Report on horse surra - Volume II, Part II
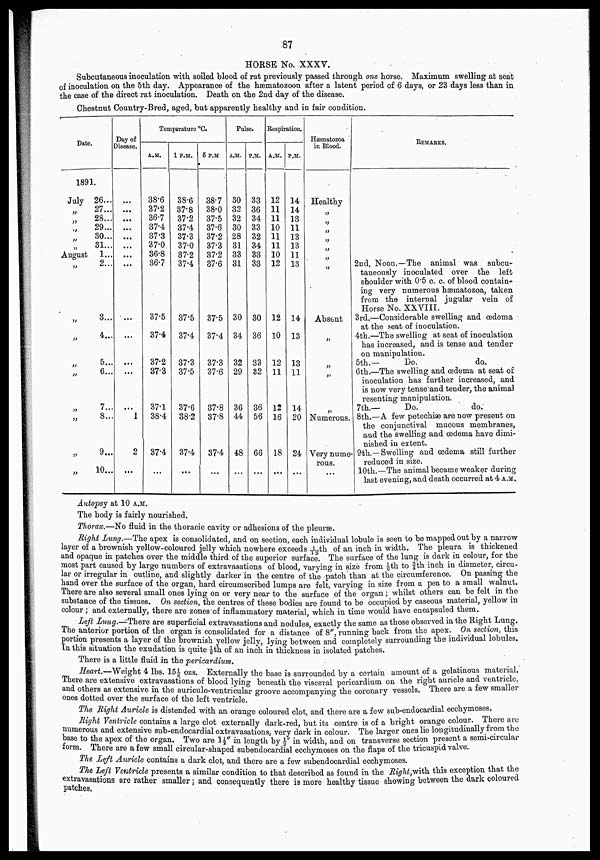
87
HORSE No. XXXV.
Subcutaneous inoculation with soiled blood of rat previously passed through one horse. Maximum swelling at seat
of inoculation on the 5th day. Appearance of the hæmatozoon after a latent period of 6 days, or 23 days less than in
the case of the direct rat inoculation. Death on the 2nd day of the disease.
Chestnut Country-Bred, aged, but apparently healthy and in fair condition.
Date.
1891.
July
„
„
„
„
„
August
„
„
„
„
„
„
„
„
„
26...
27...
28...
29...
30...
81...
1...
2...
3...
4...
5...
6...
7...
8...
9...
10...
Day of
Disease.
...
...
...
...
...
...
...
...
...
...
...
...
1
2
...
Temperature °C.
A.M.
38.6
37.2
36.7
37.4
37.3
37.0
36.8
36.7
37.5
37.4
37.2
37.3
37.1
38.4
37.4
...
1 P.M.
38.6
37.8
37.2
37.4
37.3
37.0
37.2
37.4
37.5
37.4
37.3
37.5
37.6
38.2
37.4
...
5 P.M
38.7
38.0
37.5
37.6
37.2
37.3
37.2
37.6
37.5
37.4
37.3
37.6
37.8
37.8
37.4
...
Pulse.
A.M.
30
32
32
30
28
31
33
31
30
34
32
29
36
44
48
...
P.M.
33
36
34
33
32
34
33
33
30
36
33
32
36
56
66
...
Respiration.
A.M.
12
11
11
10
11
11
10
12
12
10
12
11
12
16
18
...
P.M.
14
14
13
11
13
13
11
13
14
13
13
11
14
20
24
...
Hæmatozoa
in Blood.
Healthy
„
„
„
„
„
„
„
Absent
„
„
„
„
Numerous.
Very nume¬
rous.
„
REMARKS.
2nd, Noon.—The animal was subcu¬
taneously inoculated over the left
shoulder with 0.5 c. c. of blood contain
ing very numerous hæmatozoa, taken
from the internal jugular vein of
Horse No. XXVIII.
3rd.—Considerable swelling and œdema
at the seat of inoculation.
4th.—The swelling at seat of inoculation
has increased, and is tense and tender
on manipulation.
5th.—
Do.
do.
6th.—The swelling and œdema at seat of
inoculation has further increased, and
is now very tense and tender, the animal
resenting manipulation.
7th.—
Do.
do.
8th.—A few petechiæ are now present on.
the conjunctival mucous membranes,
and the swelling and œdema have dimi
nished in extent.
9th.—Swelling and œdema still further
reduced in size.
10th.—The animal became weaker during
last evening, and death occurred at 4 A.M.
Autopsy at 10 A.M.
The body is fairly nourished.
Thorax.—No fluid in the thoracic cavity or adhesions of the pleuræ.
Right Lung.—The apex is consolidated, and on section, each individual lobule is seen to be mapped out by a narrow
layer of a brownish yellow-coloured jelly which nowhere exceeds 1/12th of an inch in width. The pleura is thickened
and opaque in patches over the middle third of the superior surface. The surface of the lung is dark in colour, for the
most part caused by large numbers of extravasations of blood, varying in size from 1/6th to ¾th inch in diameter, circu
lar or irregular in outline, and slightly darker in the centre of the patch than at the circumference. On passing the
hand over the surface of the organ, hard circumscribed lumps are felt, varying in size from a pea to a small walnut.
There are also several small ones lying on or very near to the surface of the organ ; whilst others can be felt in the
substance of the tissues. On section, the centres of these bodies are found to be occupied by caseous material, yellow in
colour ; and externally, there are zones of inflammatory material, which in time would have encapsuled them.
Left Lung.—There are superficial extravasations and nodules, exactly the same as those observed in the Right Lung.
The anterior portion of the organ is consolidated for a distance of 8", running back from the apex. On section, this
portion presents a layer of the brownish yellow jelly, lying between and completely surrounding the individual lobules.
In this situation the exudation is quite ⅛th of an inch in thickness in isolated patches.
There is a little fluid in the pericardium.
Heart.— Weight 4 lbs. 15½ ozs. Externally the base is surrounded by a certain amount of a gelatinous material.
There are extensive extravasations of blood lying beneath the visceral pericardium on the right auricle and ventricle,
and others as extensive in the auriculo-ventricular groove accompanying the coronary vessels. There are a few smaller
ones dotted over the surface of the left ventricle.
The Right Auricle is distended with an orange coloured clot, and there are a few sub-endocardial ecchymoses.
Right Ventricle contains a large clot externally dark-red, but its centre is of a bright orange colour. There are
numerous and extensive sub-endocardial extravasations, very dark in colour. The larger ones lie longitudinally from the
base to the apex of the organ. Two are 1½" in length by ½" in width, and on transverse section present a semi-circular
form. There are a few small circular-shaped subendocardial ecchymoses on the flaps of the tricuspid valve.
The Left Auricle contains a dark clot, and there are a few subendocardial ecchymoses.
The Left Ventricle presents a similar condition to that described as found in the Right, with. this exception that the
extravasations are rather smaller ; and consequently there is more healthy tissue showing between the dark coloured
patches.